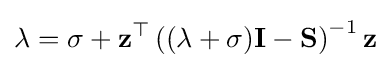
\lambda =\sigma +\mathbf {z} ^{\top }\left((\lambda +\sigma )\mathbf {I} -\mathbf {S} \right)^{-1}\mathbf {z}